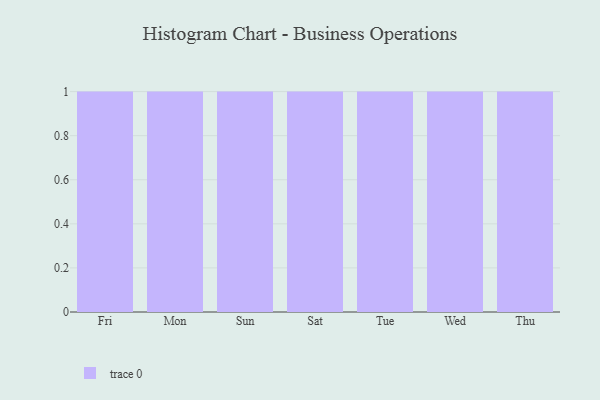
{"axis": {"x": "Day", "y": "Gross Profit (USD K)"}, "legend": [""], "data": [{"x": "Fri", "y": 43, "type": ""}, {"x": "Mon", "y": 41, "type": ""}, {"x": "Sun", "y": 71, "type": ""}, {"x": "Sat", "y": 89, "type": ""}, {"x": "Tue", "y": 97, "type": ""}, {"x": "Wed", "y": 70, "type": ""}, {"x": "Thu", "y": 27, "type": ""}]}